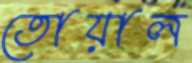
তোয়াল